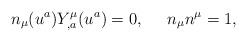
LaTeX: \begin{align*}n_{\mu}( u^a )Y^{\mu}_{,a}( u^a ) = 0, \;\;\;\;\; n_{\mu}n^{\mu}=1,\end{align*}